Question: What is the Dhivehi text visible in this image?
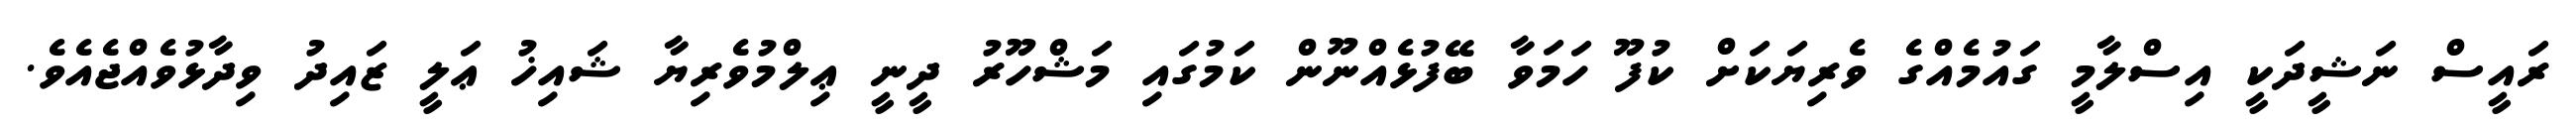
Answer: ރައީސް ނަޝީދަކީ އިސްލާމީ ގައުމެއްގެ ވެރިޔަކަށް ކުފޫ ހަމަވާ ބޭފުޅެއްނޫން ކަމުގައި މަޝްހޫރު ދީނީ ޢިލްމުވެރިޔާ ޝައިޚު ޢަލީ ޒައިދު ވިދާޅުވެއްޖެއެވެ.